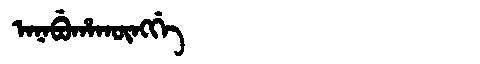
Manchu: ᠠᠨᠠᠪᡠᡥᠠᡴᡡᠩᡤᡝ
Romanization: ANABUHAKŪNGGE